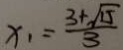
x _ { 1 } = \frac { 3 + \sqrt { 1 5 } } { 3 }